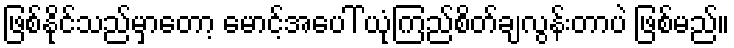
ဖြစ်နိုင်သည်မှာတော့ မောင့်အပေါ် ယုံကြည်စိတ်ချလွန်းတာပဲ ဖြစ်မည်။